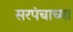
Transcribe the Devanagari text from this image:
सरपंचाच्या